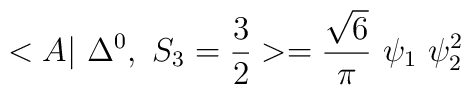
<A|~\Delta^{0},~ S_3=\frac{3}{2} >= \frac{\sqrt{6}}{\pi} ~\psi_1~\psi_2^2